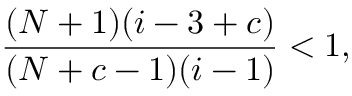
\frac { ( N + 1 ) ( i - 3 + c ) } { ( N + c - 1 ) ( i - 1 ) } < 1 ,